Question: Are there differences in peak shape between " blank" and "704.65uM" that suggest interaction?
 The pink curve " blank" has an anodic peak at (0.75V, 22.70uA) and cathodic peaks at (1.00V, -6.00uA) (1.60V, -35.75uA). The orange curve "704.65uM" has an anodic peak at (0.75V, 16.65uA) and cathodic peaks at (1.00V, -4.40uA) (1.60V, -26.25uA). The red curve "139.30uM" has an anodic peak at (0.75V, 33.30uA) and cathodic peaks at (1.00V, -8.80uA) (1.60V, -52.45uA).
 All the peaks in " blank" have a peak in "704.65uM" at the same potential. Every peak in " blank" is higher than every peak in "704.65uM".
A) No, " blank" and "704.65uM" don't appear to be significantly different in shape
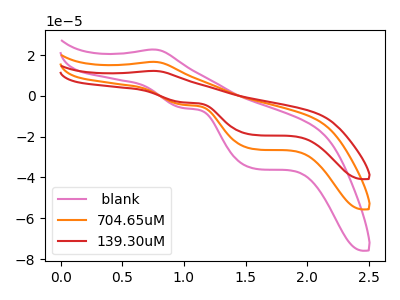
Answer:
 <answer>A) No, " blank" and "704.65uM" don't appear to be significantly different in shape</answer>
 <eval>A</eval>